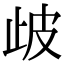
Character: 𣥣